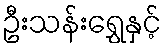
ဦးသန်းရွှေနှင့်